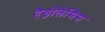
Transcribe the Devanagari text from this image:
हैड्रोलैसिस